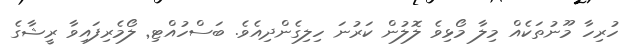
ހުރިހާ މޫނުތަކެއް މިލާ މޯޅިވެ ލޮލުން ކަރުނަ ހިލިގެންދިއެވެ. ބަސްހުއްޓި